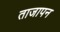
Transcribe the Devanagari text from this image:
ताजापन